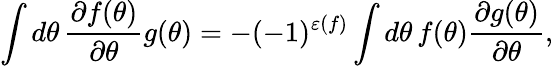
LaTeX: \int d\theta\, \frac{\partial f(\theta)}{\partial\theta}g(\theta)=-(-1)^{\varepsilon(f)}\int d\theta\, f(\theta)\frac{\partial g(\theta)}{\partial\theta},